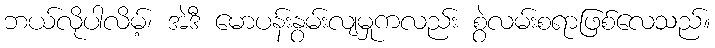
ဘယ်လိုပါလိမ့်၊ အဲဒီ မောပန်းနွမ်းလျမှုကလည်း စွဲလမ်းစရာဖြစ်လေသည်။